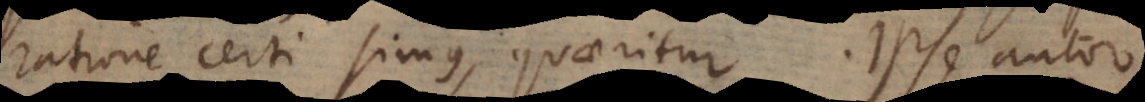
ratione certi simus, quaeritur. Ipse autor